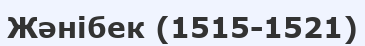
Жәнібек (1515-1521)